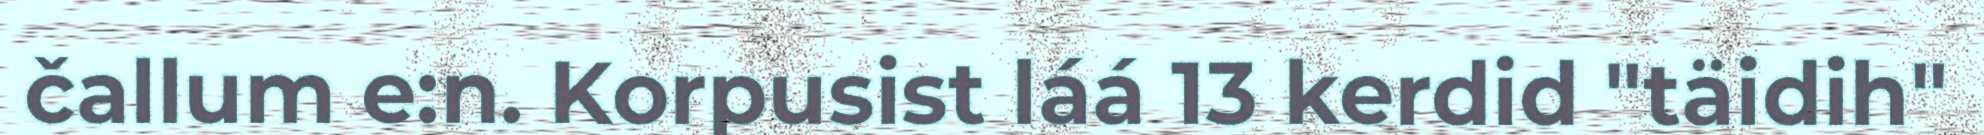
čallum e:n. Korpusist láá 13 kerdid "täidih"